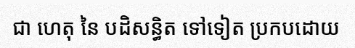
ជា ហេតុ នៃ បដិសន្ធិត ទៅទៀត ប្រកបដោយ